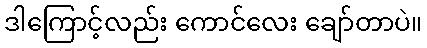
ဒါကြောင့်လည်း ကောင်လေး ချော်တာပဲ။